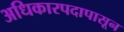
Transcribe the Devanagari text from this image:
अधिकारपदापासून